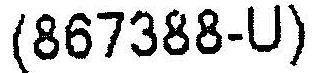
(867388-U)